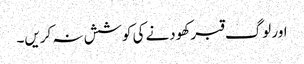
اور لوگ قبر کھودنے کی کوشش نہ کریں۔